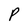
Character: P